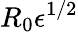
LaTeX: R_{0}{\epsilon}^{1/2}